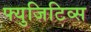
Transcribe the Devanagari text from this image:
फ्युजिटिव्स